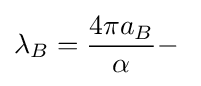
\lambda _{B}={\frac {4\pi a_{B}}{\alpha }}-\